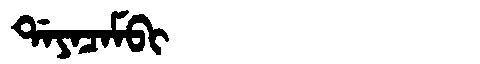
Manchu: ᡩᠠᠶᠠᠴᠠᠮᠪᡳ
Romanization: DAYACAMBI